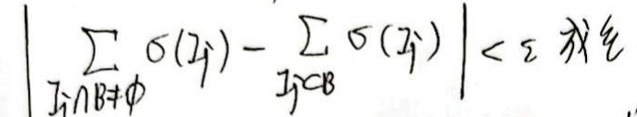
\[
\left| \sum_{I_j \cap B \neq \varnothing} \sigma(I_j) - \sum_{I_j \subset B} \sigma(I_j) \right| < \varepsilon
\]